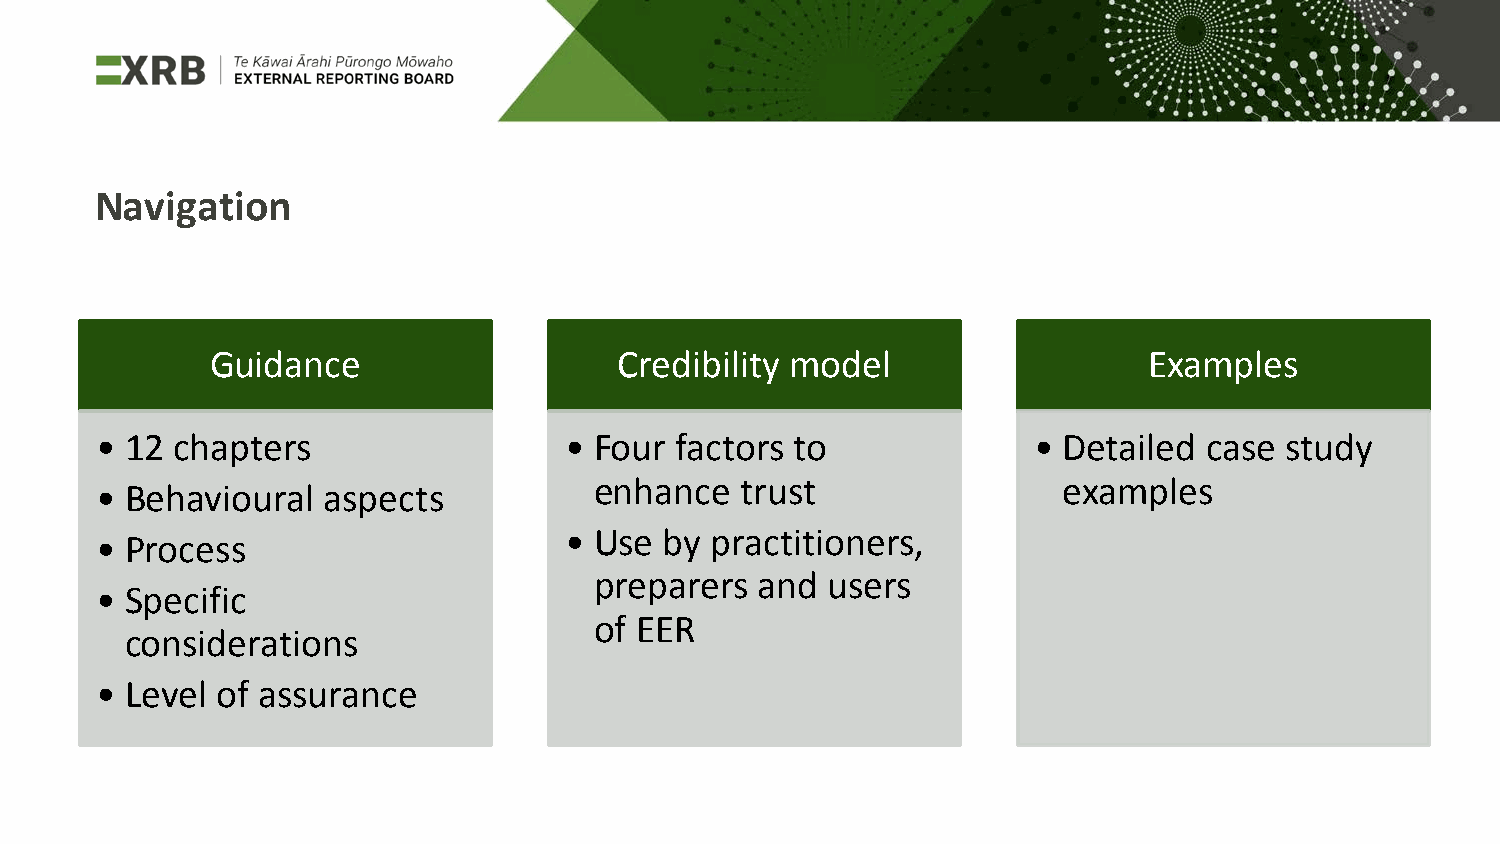
Navigation
 Guidance                   Credibility model                  Examples
 • 12  chapters                 • Four  factors to             • Detailed  case study
 enhance   trust                examples
 • Behavioural  aspects
 • Use  by practitioners,
 • Process
 preparers  and  users
 • Specific
 of EER
 considerations
 • Level of assurance